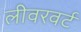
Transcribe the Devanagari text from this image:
लीवरवर्ट